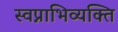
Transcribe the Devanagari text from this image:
स्वप्नाभिव्यक्ति